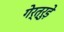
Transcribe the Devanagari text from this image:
गेर्त्रुड़े